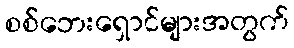
စစ်ဘေးရှောင်များအတွက်